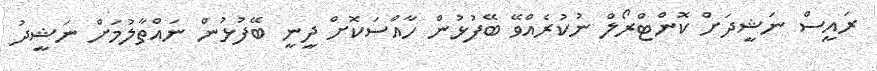
ރައީސް ނަޝީދަށް ކޮންޓްރޯލް ނުކުރެެއްވޭ ބޭފުޅުން ހާއްސަކޮށް ދީނީ ބޭފުޅުން ނައްތާލުމަށް ނަޝީދު